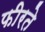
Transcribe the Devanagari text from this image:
फीरते